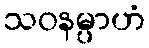
သဝနမ္ပာဟံ